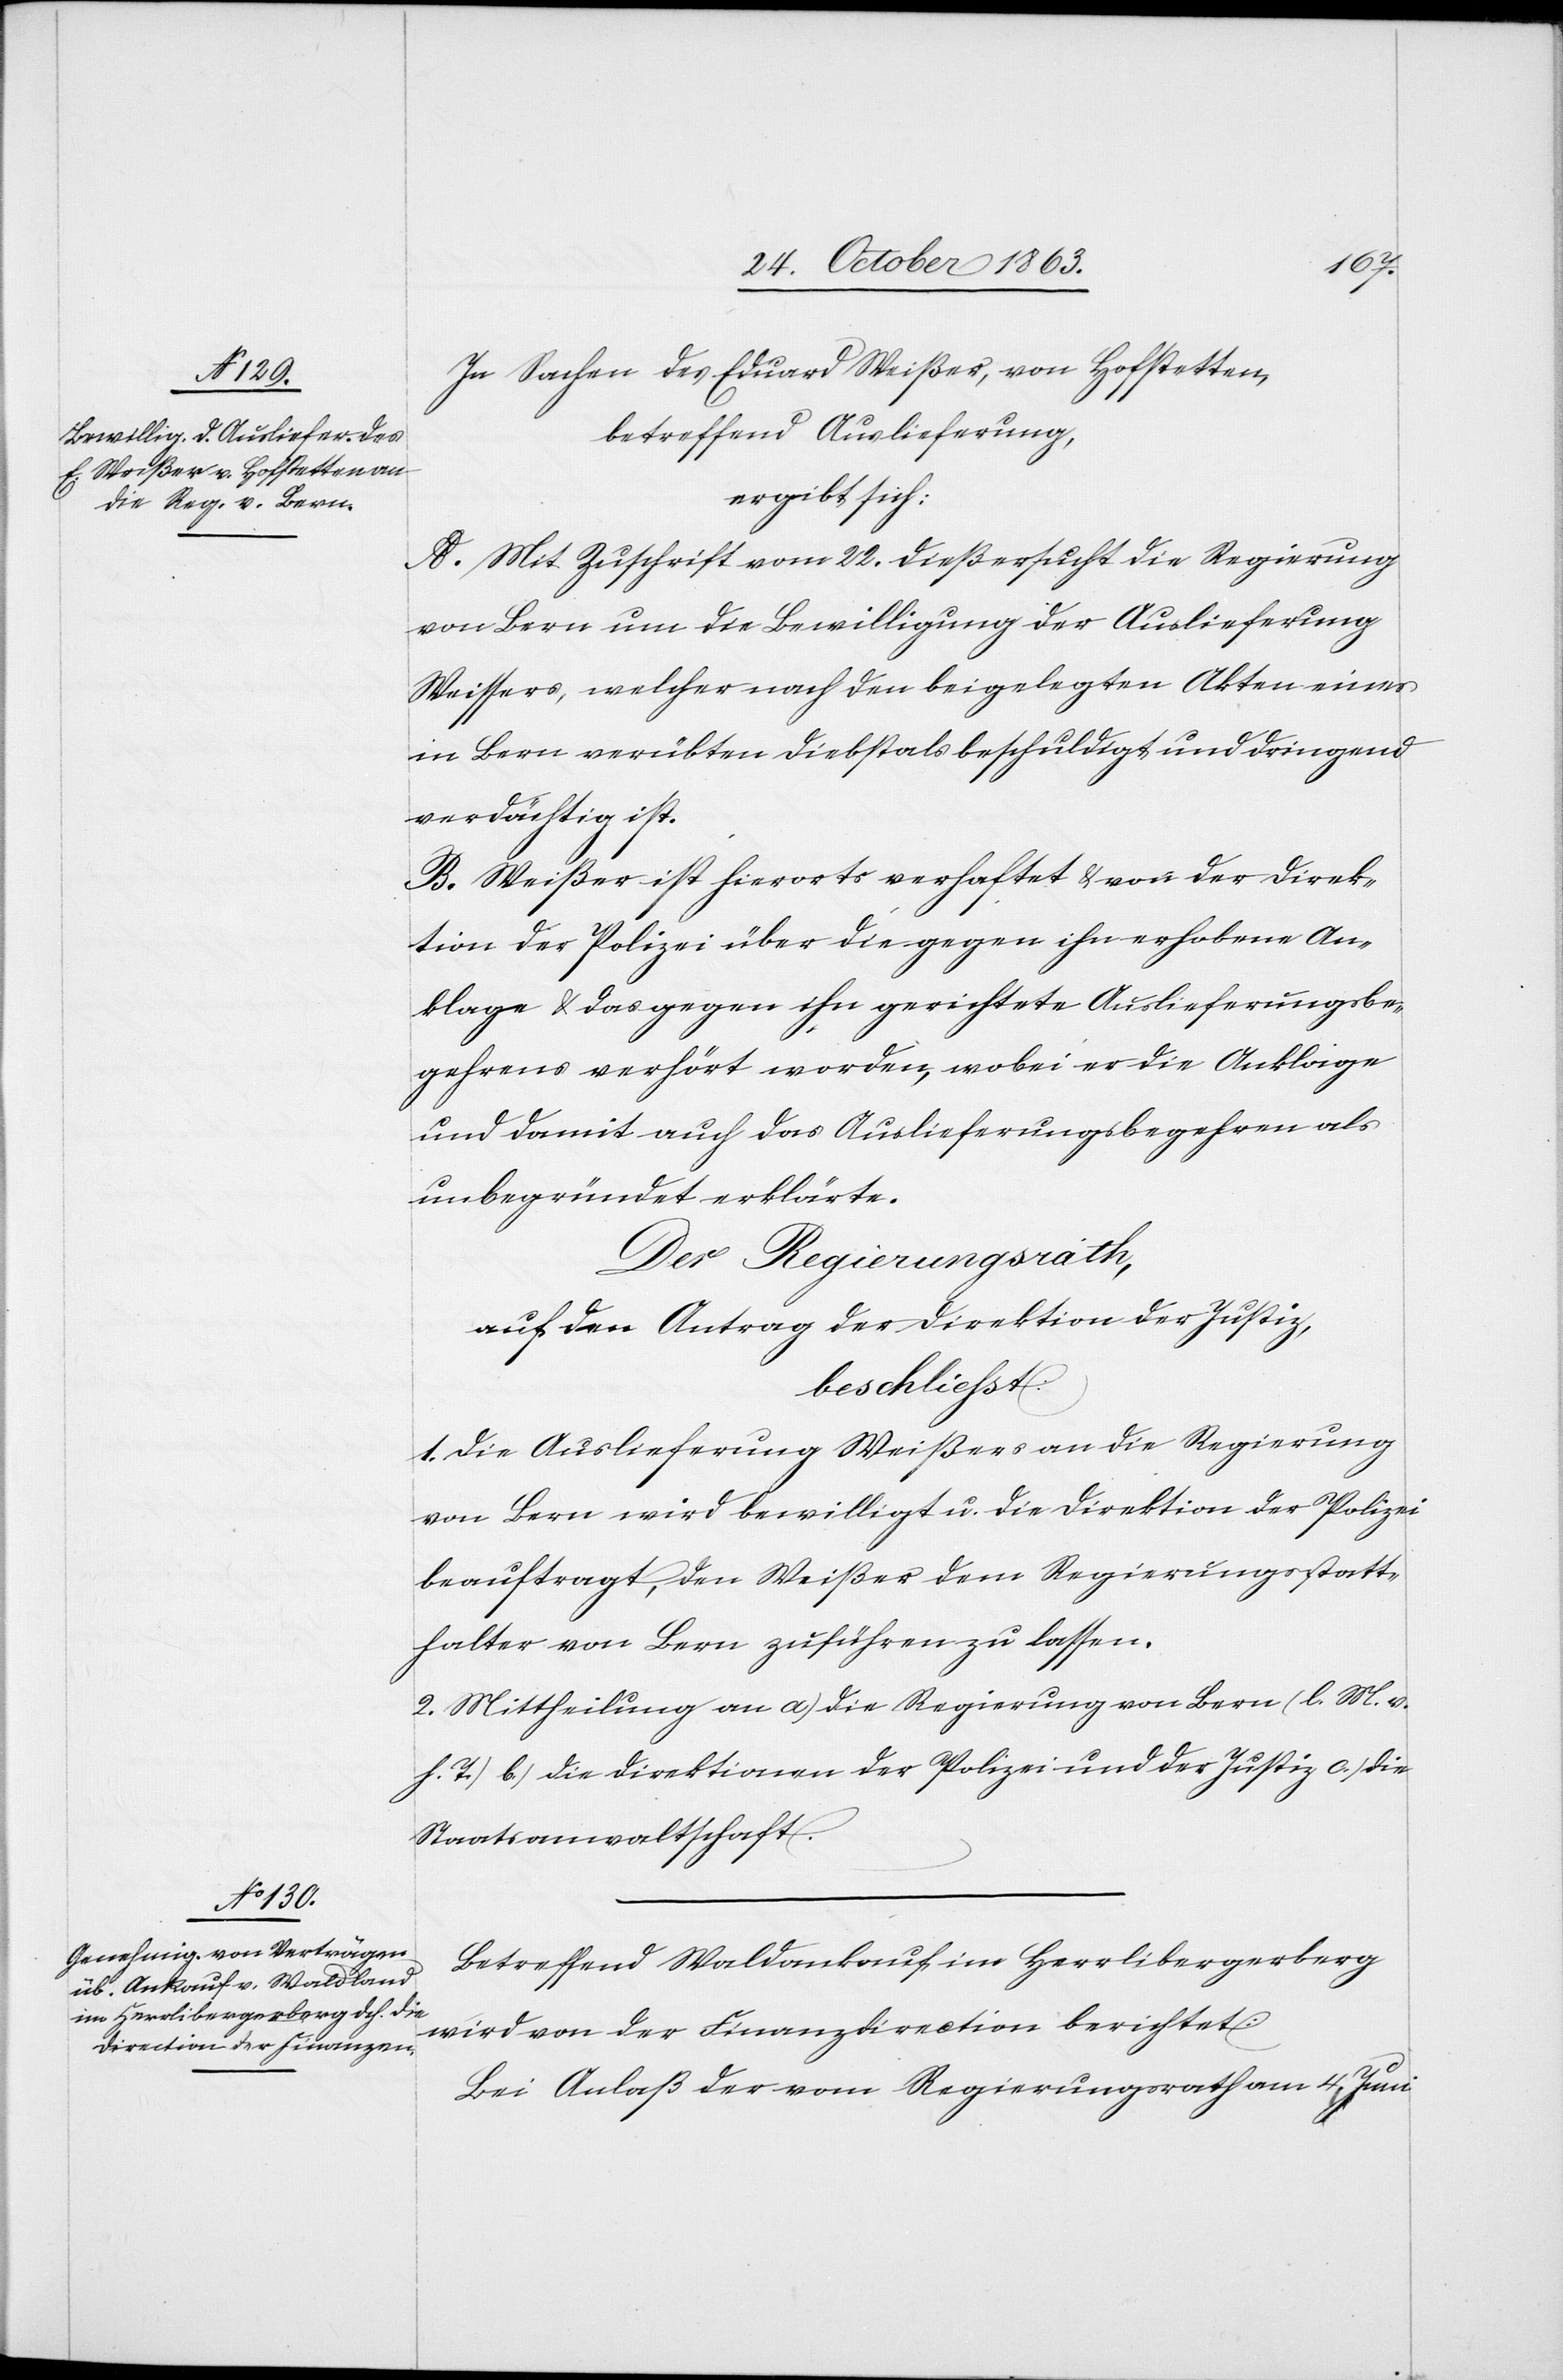
In Sachen des Eduard Weißer, von Hofstetten,
betreffend Auslieferung,
ergibt sich:
A. Mit Zuschrift vom 22. dieß ersucht die Regierung
von Bern um die Bewilligung der Auslieferung
Weissers, welcher nach den beigelegten Akten eines
in Bern verübten Diebstals beschuldigt und dringend
verdächtig ist.
B. Weißer ist hierorts verhaftet & von der Direk¬
tion der Polizei über die gegen ihn erhobene An¬
klage & das gegen ihn gerichtete Auslieferungsbe¬
gehrens [sic!] verhört worden, wobei er die Anklage
und damit auch das Auslieferungsbegehren als
unbegründet erklärte.
Der Regierungsrath,
auf den Antrag der Direktion der Justiz,
beschliesst:
1. Die Auslieferung Weißers an die Regierung
von Bern wird bewilligt u. die Direktion der Polizei
beauftragt, den Weißer dem Regierungsstatt¬
halter von Bern zuführen zu lassen.
2. Mittheilung an a.) die Regierung von Bern (l. M. v.
h. T.) b.) die Direktionen der Polizei und der Justiz c.) die
Staatsanwaltschaft.
Betreffend Waldankauf im Herrlibergerberg
wird von der Finanzdirection berichtet:
Bei Anlaß der vom Regierungsrath am 4. Juni